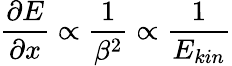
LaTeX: \frac{\partial E}{\partial x}\propto\frac{1}{\beta^{2}}\propto\frac{1}{E_{\mathrm{}kin}}